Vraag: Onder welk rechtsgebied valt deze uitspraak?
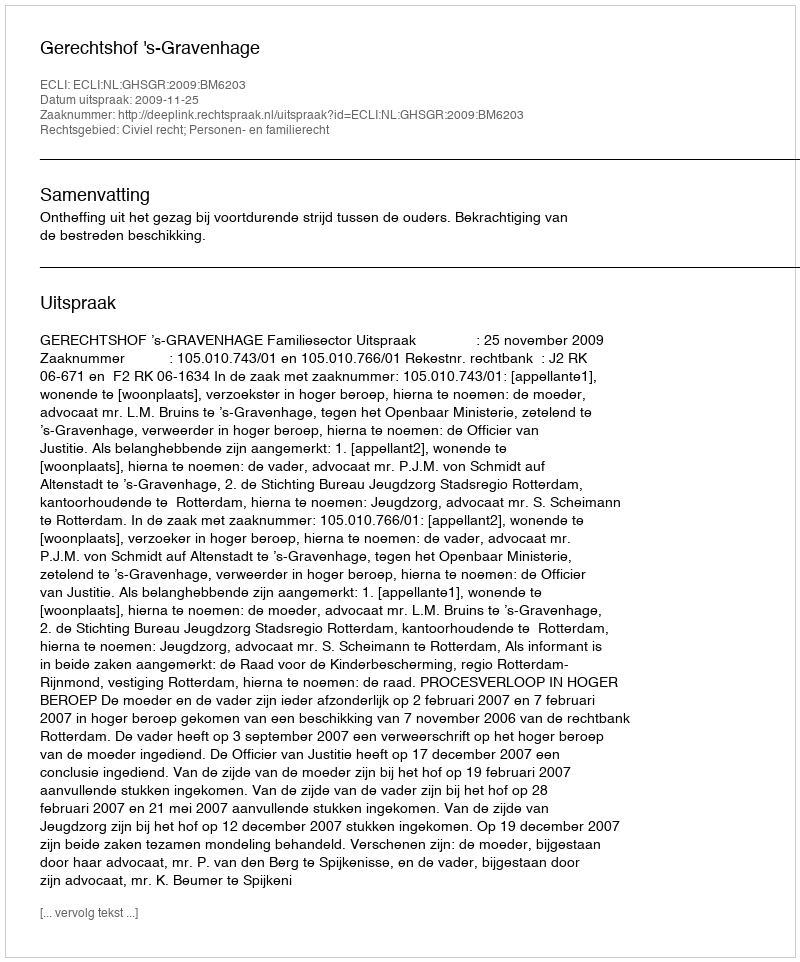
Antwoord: Civiel recht; Personen- en familierecht